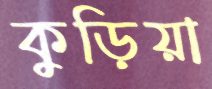
কুড়িয়া